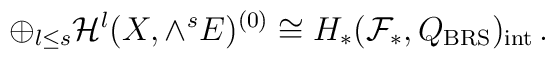
\oplus_{l\le s}{\cal H}^l(X,\wedge^s E)^{(0)}\cong  H_{*}({\cal F}_{*},Q_{\rm BRS})_{\rm int}\,.